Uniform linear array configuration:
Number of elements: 12
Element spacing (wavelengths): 0.75
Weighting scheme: blackman
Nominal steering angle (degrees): -45
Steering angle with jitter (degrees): -46.249
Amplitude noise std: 0.05
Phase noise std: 0.05

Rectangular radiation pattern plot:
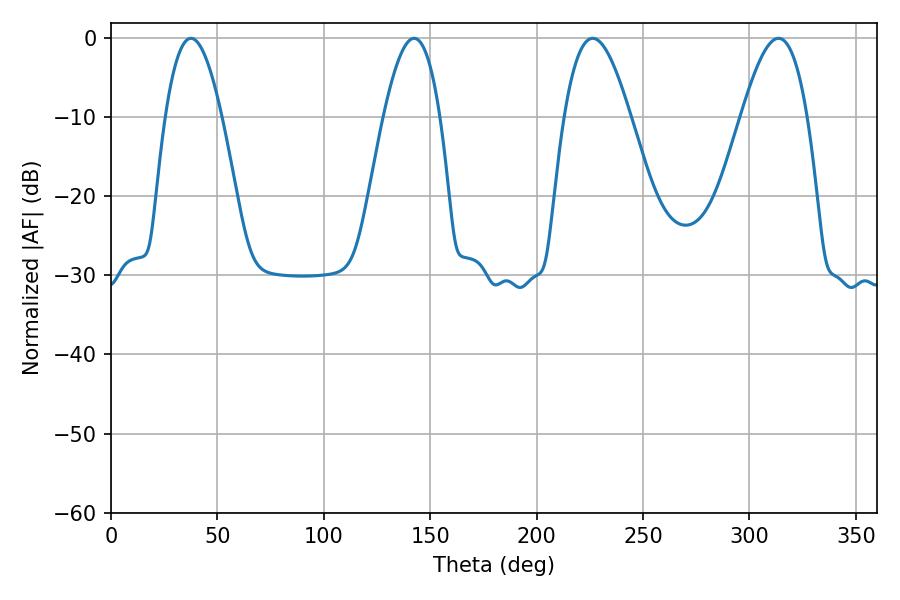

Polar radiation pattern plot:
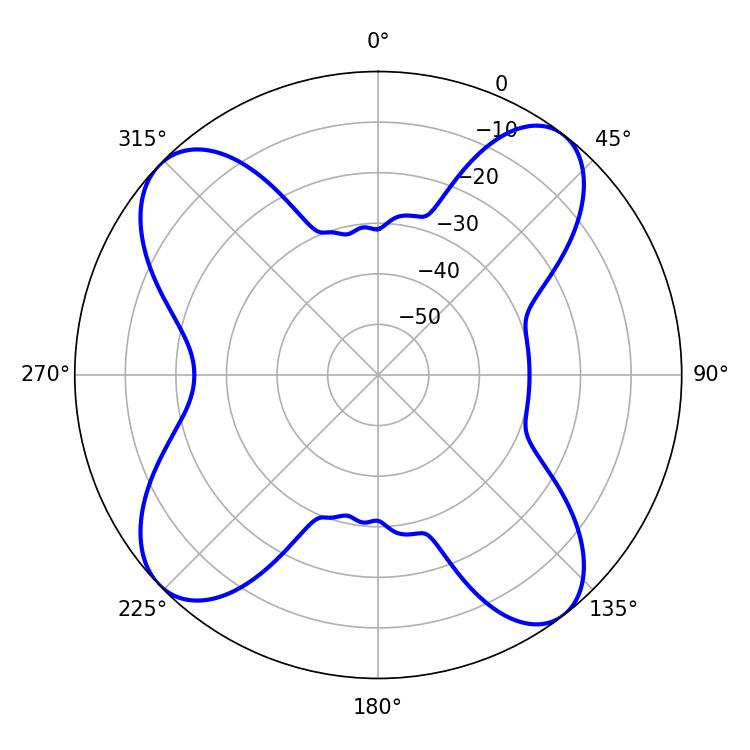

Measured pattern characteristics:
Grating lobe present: TRUE
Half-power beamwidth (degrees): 14.4
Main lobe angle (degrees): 37.62